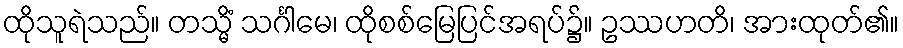
ထိုသူရဲသည်။ တသ္မိံ သင်္ဂါမေ၊ ထိုစစ်မြေပြင်အရပ်၌။ ဥဿဟတိ၊ အားထုတ်၏။